Medical and sanitary report of the native army of Bengal for the year
Year: 1877
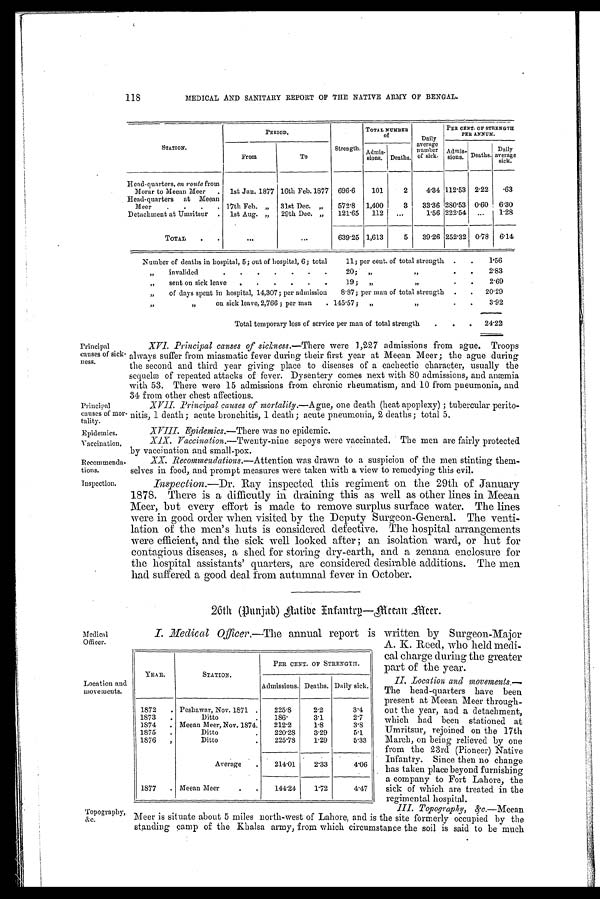
Principal
causes of mor
tality.
Epidemics.
Vaccination,
Recommenda-
tions.
Inspection.
118
MEDICAL AND SANITARY REPORT OF THE NATIVE ARMY OF BENGAL.
STATION.
P E R I O D .
Strength.
TOTAL NUMBER
of
Daily
average
number
of sick.
PER CENT. OF STRENGTH
PER ANNUM.
From
To
Admis-
sions. Deaths.
Admis-
sions. Deaths.
Daily
average
sick.
-
Head-quarters, en route from
Morar to Meean Meer
.
,
1st Jan. 1877 16th Feb. 1877
696.6
101
2
4.34 112.53 2.22
.63
Head-quarters at Meean
Meer
.
.
.
. 17th Feb. „
31st Dec. „
572.8
1,400
3
33.36 280.53 0.60
6.30
Detachment at Umritsur
.
1st Aug. „
29th Dec. „
121.65
112
...
1.56 222.54
...
1.28
TOTAL
.
.
... ...
639.25 1,613
5
39.26 252.32 0.78
6.14
Number of deaths in hospital, 5; out of hospital, 6; total
11; per cent. of total strength .
.
1.56
„
invalided
.
.
.
.
.
.
.
20;
„
„
•
•
2.83
„
sent on sick leave
.
.
.
.
.
.
19 ;
„
,,
.
.
2.69
„
of days spent in hospital, 14,307; per admission
8.87; per man of total strength
.
.
20.29
„
”
on sick leave, 2,766 ; per man
. 145.57;
„
,,
.
.
3.92
Total temporary loss of service per man of total strength
.
.
.
24.22
Principal
causes of sick-
ness.
XVI.Principal Causes of sickness.—There Were 1,227 admissions from ague. Troops
always suffer from miasmatic fever during their first year at Meean Meer; the ague during
the second and third year giving place to diseases of a cachectic character, usually the
sequelæ of repeated attacks of fever. Dysentery comes next with 80 admissions, and anæmia
with 53. There were 15 admissions from chronic rheumatism, and 10 from pneumonia, and
34 from other chest affections.
XVII. Principal causes of mortality.— Ague, one death (heat apoplexy) ; tubercular perito-
nitis, 1 death; acute bronchitis, 1 death ; acute pneumonia, 2 deaths; total 5.
XVIII. Epi demi cs. —There was no epi demi c.
X.1X. Vaccination.— Twenty-nine sepoys were vaccinated. The men are fairly protected
by vaccination and small-pox.
XX. Recommendations.— Attention was drawn to a suspicion of the men stinting them-
selves in food, and prompt measures were taken with a view to remedying this evil.
Inspection.— Dr . Ray inspected this regiment on the 29th of January
1878. There is a difficutly in draining this as well as other lines in Meean
Meer, but every effort is made to remove surplus surface water. The lines
were in good order when visited by the Deputy Surgeon-General. The venti-
lation of the men's huts is considered defective. The hospital arrangements
were efficient, and the sick well looked after; an isolation ward, or hut for
contagious diseases, a shed for storing dry-earth, and a zenana enclosure for
the hospital assistants' quarters, are considered desirable additions. The men
had suffered a good deal from autumnal fever in October.
26th (Punjab) Aatibe Infantry-Meean Meer.
Medical
Officer.
Location and
movements.
Topography,
&c.
I. Medical Officer, — The annual report is written by Surgeon-Major
A. K. Reed, who held medi-
cal charge during the greater
part of the year.
II.
Location and movements: —
The
head-quarters have been
present at Meean Meer through-
out the year, and a detachment,
which had been stationed at
Umritsur, rejoined on the 17th
March, on being relieved by one
from the 23rd (Pioneer) Native
Infantry. Since then no change
has taken place beyond furnishing
a company to Fort Lahore, the
sick of which are treated in the
regimental hospital.
III.
Topography, &c.—Meean
Meer is situate about 5 miles north-west of Lahore, and is the site formerly occupied by the
standing camp of the Khalsa army, from which circumstance the soil is said to be much
YEAR.
STATION.
PER CENT. OF STRENGTH.
Admissions. Deaths. Daily sick.
1872
1873
1874
1875
1876
.
.
.
.
,
Peshawar, Nov. 1871 .
Ditto
.
Meean Meer, Nov. 1874.
Ditto
.
Ditto
.
225.8
186.
212.2
220.28
225.78
2.2
3.1
1.8
3.29
1.29
3.4
2.7
3.8
5.1
5.33
Average
.
214.01
2.33
4.06
1877
. Meean Meer
.
.
144.24
1.72
4.47